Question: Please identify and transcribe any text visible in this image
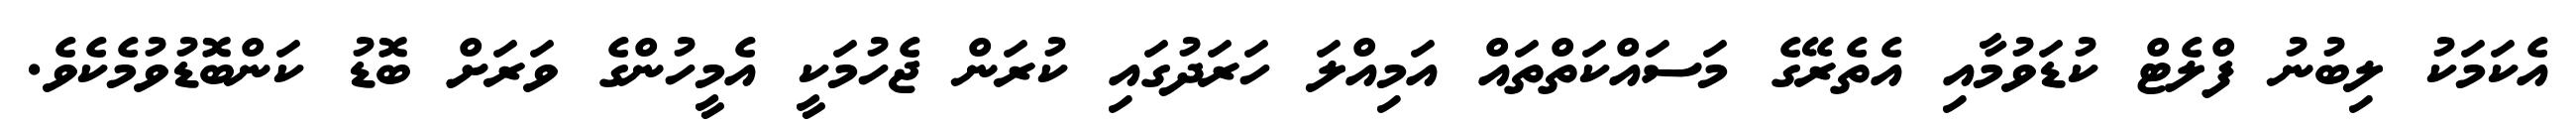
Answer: އެކަމަކު ލިބުނު ފްލެޓް ކުޑަވުމާއި އެތެރޭގެ މަސައްކަތްތައް އަމިއްލަ ހަރަދުގައި ކުރަން ޖެހުމަކީ އެމީހުންގެ ވަރަށް ބޮޑު ކަންބޮޑުވުމެކެވެ.